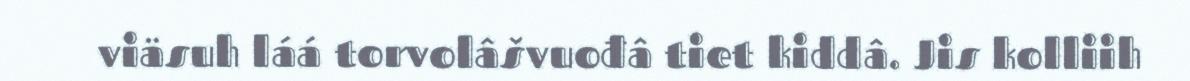
viäsuh láá torvolâšvuođâ tiet kiddâ. Jis kolliih